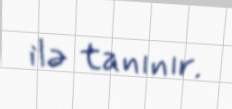
ilə tanınır.